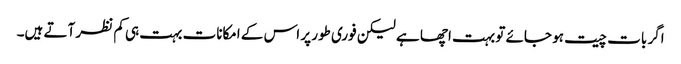
اگر بات چیت ہو جائے تو بہت اچھا ہے لیکن فوری طور پر اس کے امکانات بہت ہی کم نظر آتے ہیں۔